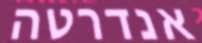
אנדרטה